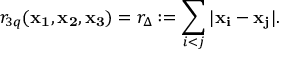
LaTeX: r _ { 3 q } ( { \bf x _ { 1 } } , { \bf x _ { 2 } } , { \bf x _ { 3 } } ) = r _ { \Delta } : = \sum _ { i < j } | { \bf x _ { i } } - { \bf x _ { j } } | .